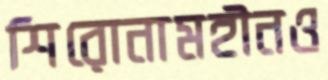
শিরোনামহীনও